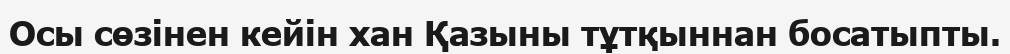
Осы сөзінен кейін хан Қазыны тұтқыннан босатыпты.